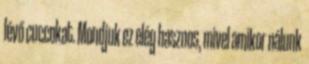
lévő cuccokat. Mondjuk ez elég hasznos, mivel amikor nálunk